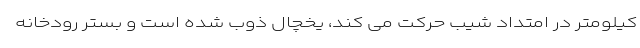
کیلومتر در امتداد شیب حرکت می کند، یخچال ذوب شده است و بستر رودخانه